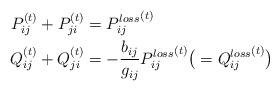
LaTeX: \begin{align*}P^{(t)}_{ij} + P^{(t)}_{ji} &= {P_{ij}^{loss}}^{(t)}\\Q^{(t)}_{ij} + Q^{(t)}_{ji} &= -\frac{b_{ij}}{g_{ij}} {P_{ij}^{loss}}^{(t)} \big( = {Q_{ij}^{loss}}^{(t)} \big)\end{align*}